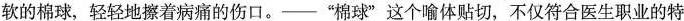
软的棉球，轻轻地擦着病痛的伤口。——”棉球”这个喻体贴切，不仅符合医生职业的特